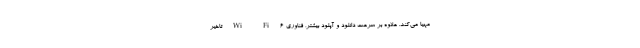
مهیا می‌کند. علاوه بر سرعت دانلود و آپلود بیشتر، فناوری Wi-Fi 6 تاخیر